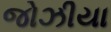
જોઝીયા